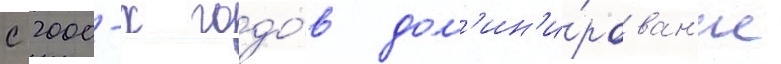
с 2000-х годо́в дом'ин'и́рован'ие